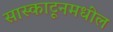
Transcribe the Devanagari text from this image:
सास्काटूनमधील